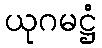
ယုဂမဋ္ဌံ